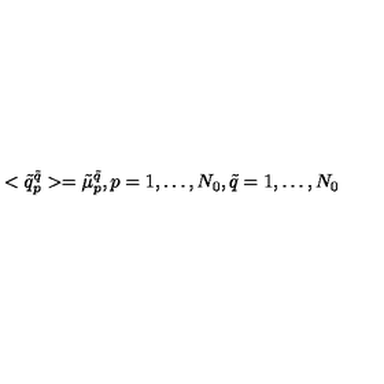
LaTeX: < \tilde { q } _ { p } ^ { \tilde { q } } > = \tilde { \mu } _ { p } ^ { \tilde { q } } , p = 1 , \dots , N _ { 0 } , \tilde { q } = 1 , \dots , N _ { 0 }